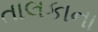
તાલકાના